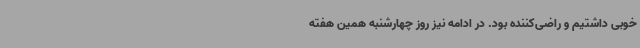
خوبی داشتیم و راضی‌کننده بود. در ادامه نیز روز چهارشنبه همین هفته